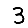
Digit: 3